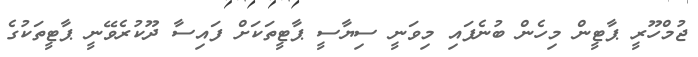
ޖުމްހޫރީ ޕާޓީން މިހެން ބުނެފައި މިވަނީ ސިޔާސީ ޕާޓީތަކަށް ފައިސާ ދޫކުރެވޭނީ ޕާޓީތަކުގެ